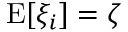
\mathrm { E } [ \xi _ { i } ] = \zeta